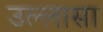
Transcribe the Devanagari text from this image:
उल्लासा